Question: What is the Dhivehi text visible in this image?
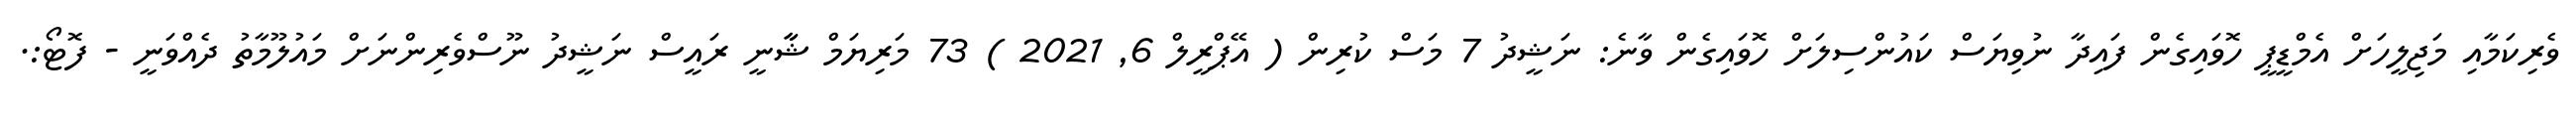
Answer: ވެރިކަމާއި މަޖިލީހަށް އެމްޑީޕީ ހޮވައިގެން ފައިދާ ނުވިޔަސް ކައުންސިލަށް ހޮވައިގެން ވާނެ: ނަޝީދު 7 މަސް ކުރިން ( އޭޕްރީލް 6, 2021 ) 73 މަރިޔަމް ޝާާނީ ރައީސް ނަޝީދު ނޫސްވެރިންނަށް މައުލޫމާތު ދެއްވަނީ - ފޮޓޯ:.